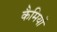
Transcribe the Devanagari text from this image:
कैमियों